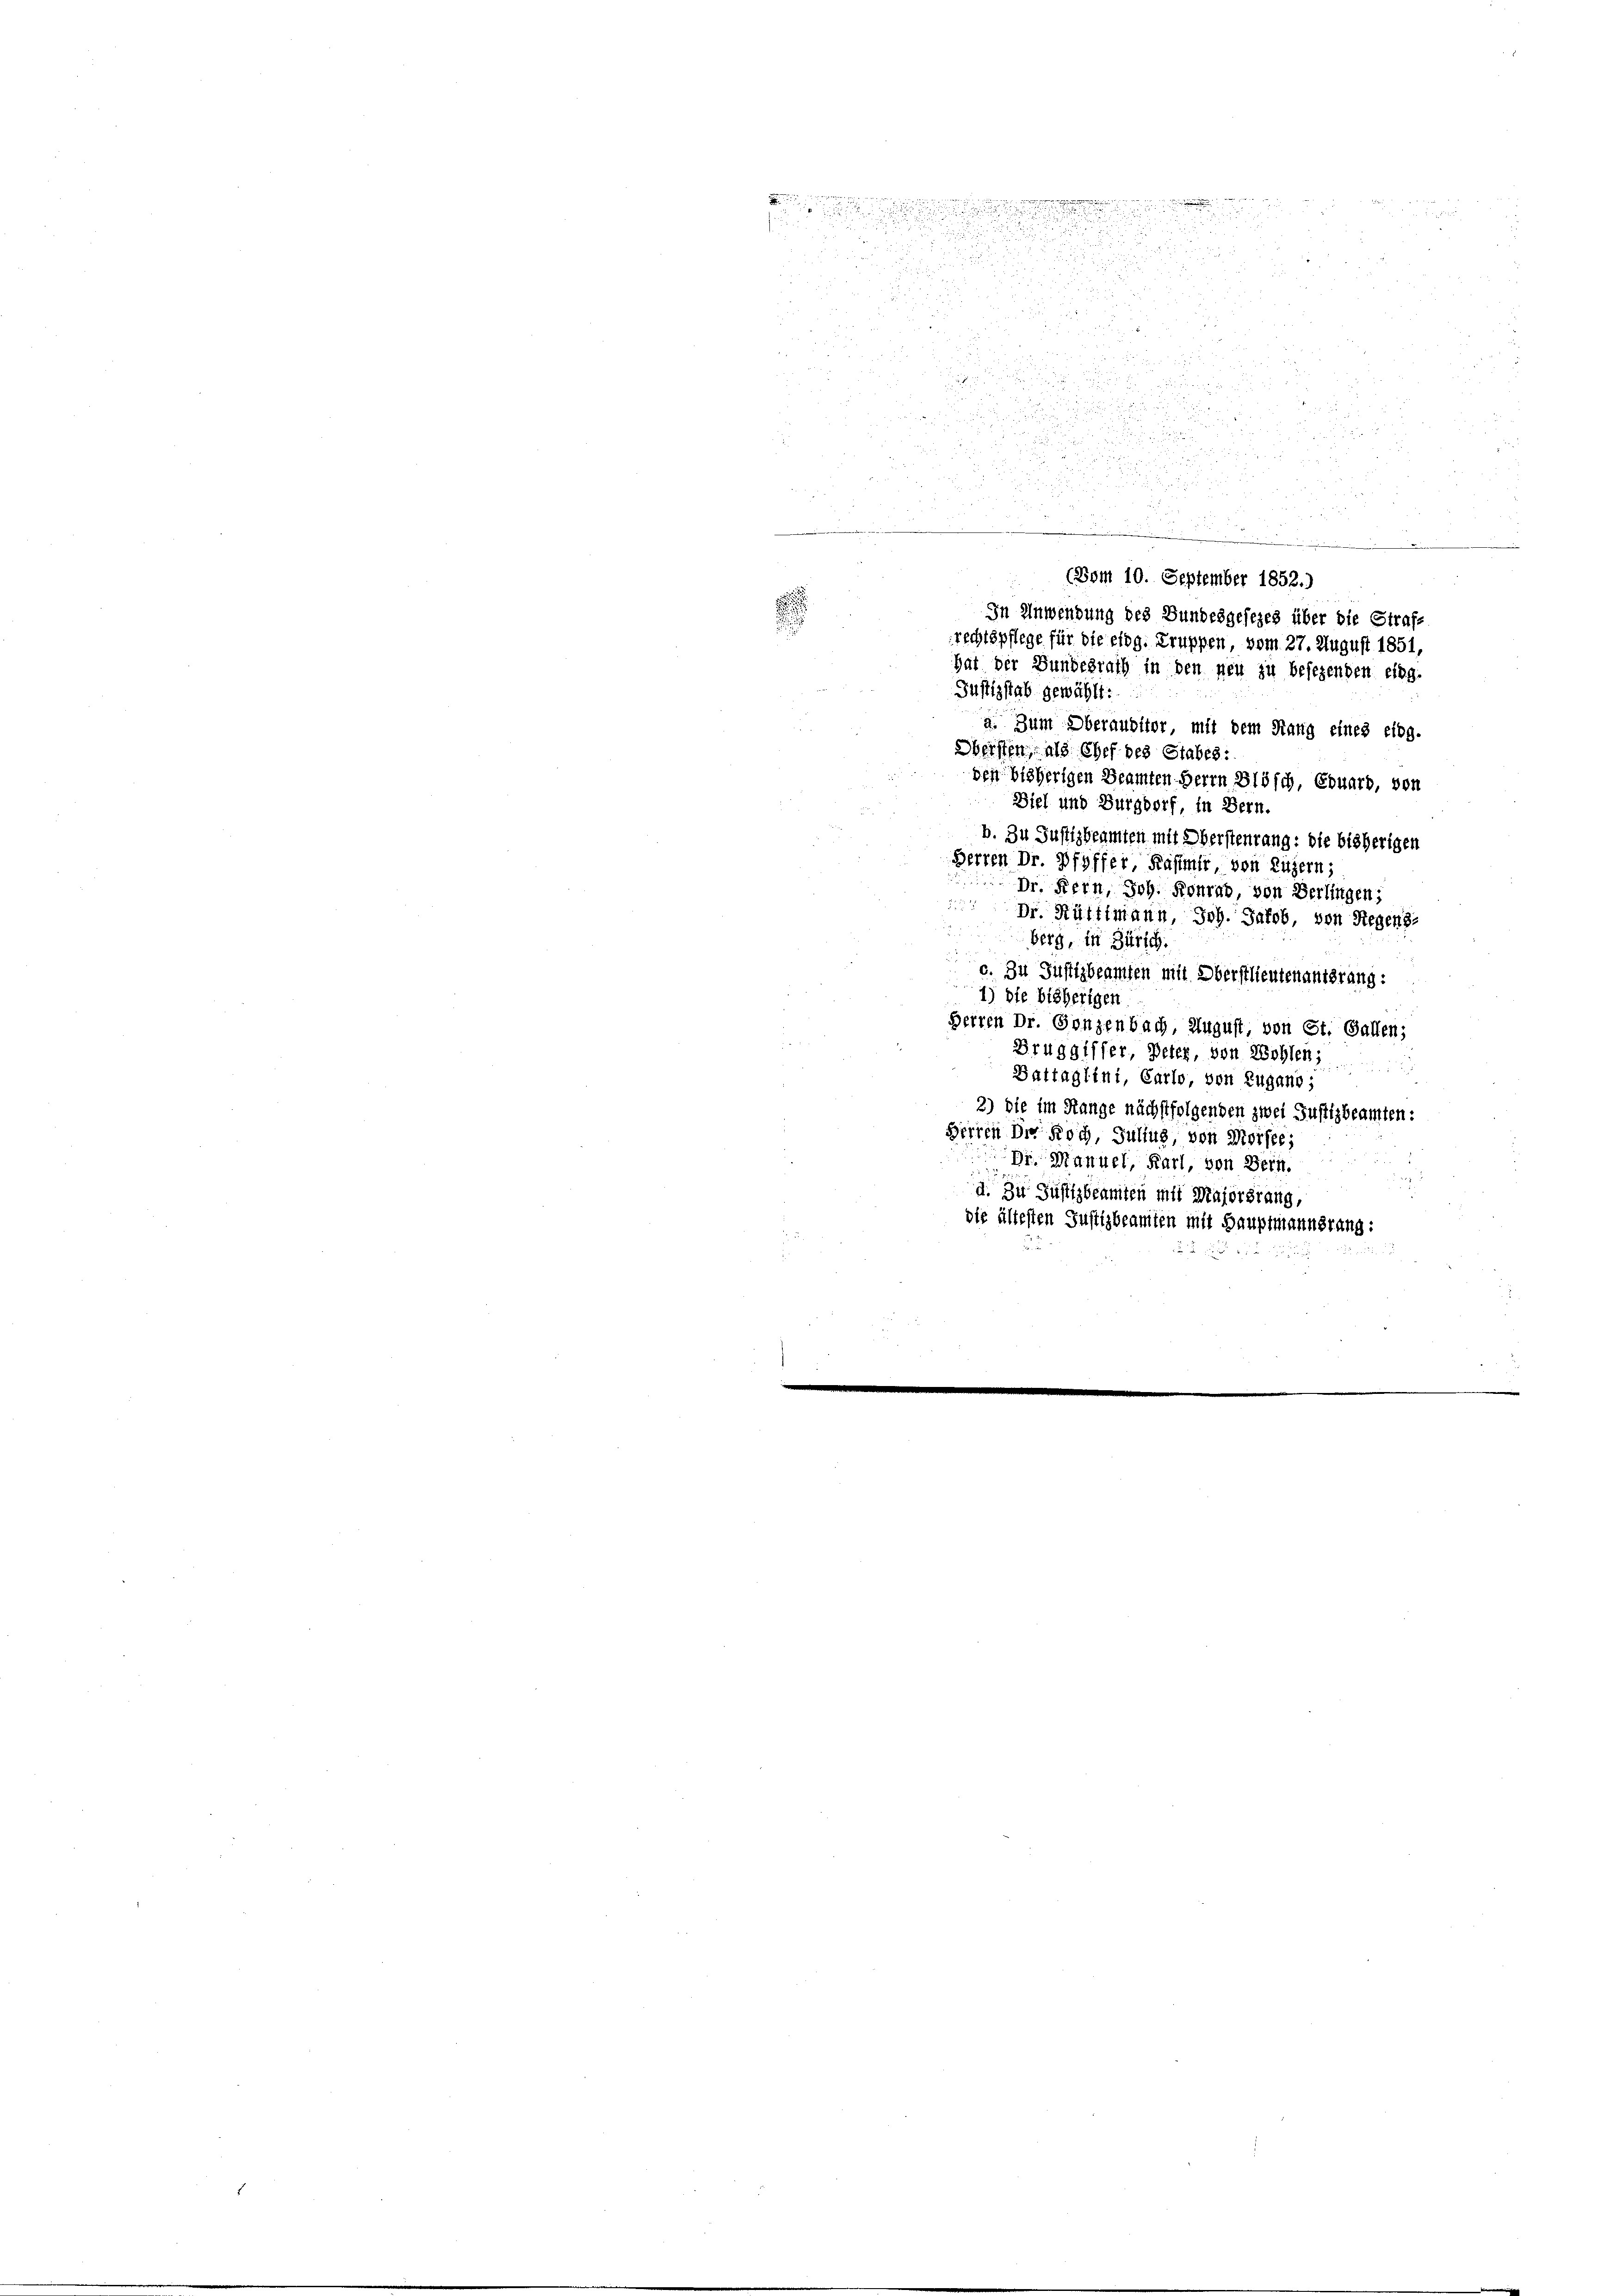
Eisen sein
e
2

1875

2

i
.
 55 x
u
2
2

und

d
5
d
d
d

deige
e einiger eine ein wir der einen die |
e
(Vom 10. September 1852.)
In Anwendung des Bundesgesezes über die Straf-
s
rechtspflege für die eidg. Truppen, vom 27. August 1851,
hat der Bundesrath in den neu zu besezenden eing-
Justizstab gewählt:
a. Zum Oberaubitor, mit dem Rang eines eidg.
Meisten, als Chef des Stabes.
des bisherigen Beamten Herrn Blösch, Eduard, von
Biel und Burgdorf, in Bern.
b. Zu Justizbeamten mit Obersteurung: die bisherigen
Herren Dr. Pfyffer, Kasimir von Luzern;
Dr. Fern, Joh. Konrad, von Berlingen;
Dr. Rüttimann, Joh. Jakob, von Regens-
berg, in Zürich.
c. Zu Justizbeamten mit Oberstlieutenantsrang:
1) die bisherigen
Herren Dr. Gonzenbach, August von St. Gallen;
Bruggiffer, Peter, von Wohlen
Battaglini, Carlo, von Zugano ;
2) die im Stange nächstfolgenden zwei Justizbeamten:
Herren Dr. Roch, Julius, von Morfte;
Dr. Manuel, Karl, von Bern.
d. Zu Justizbeamten mit Majorsrang,
die ältesten Justizbeamten mit Hauptmannerung: